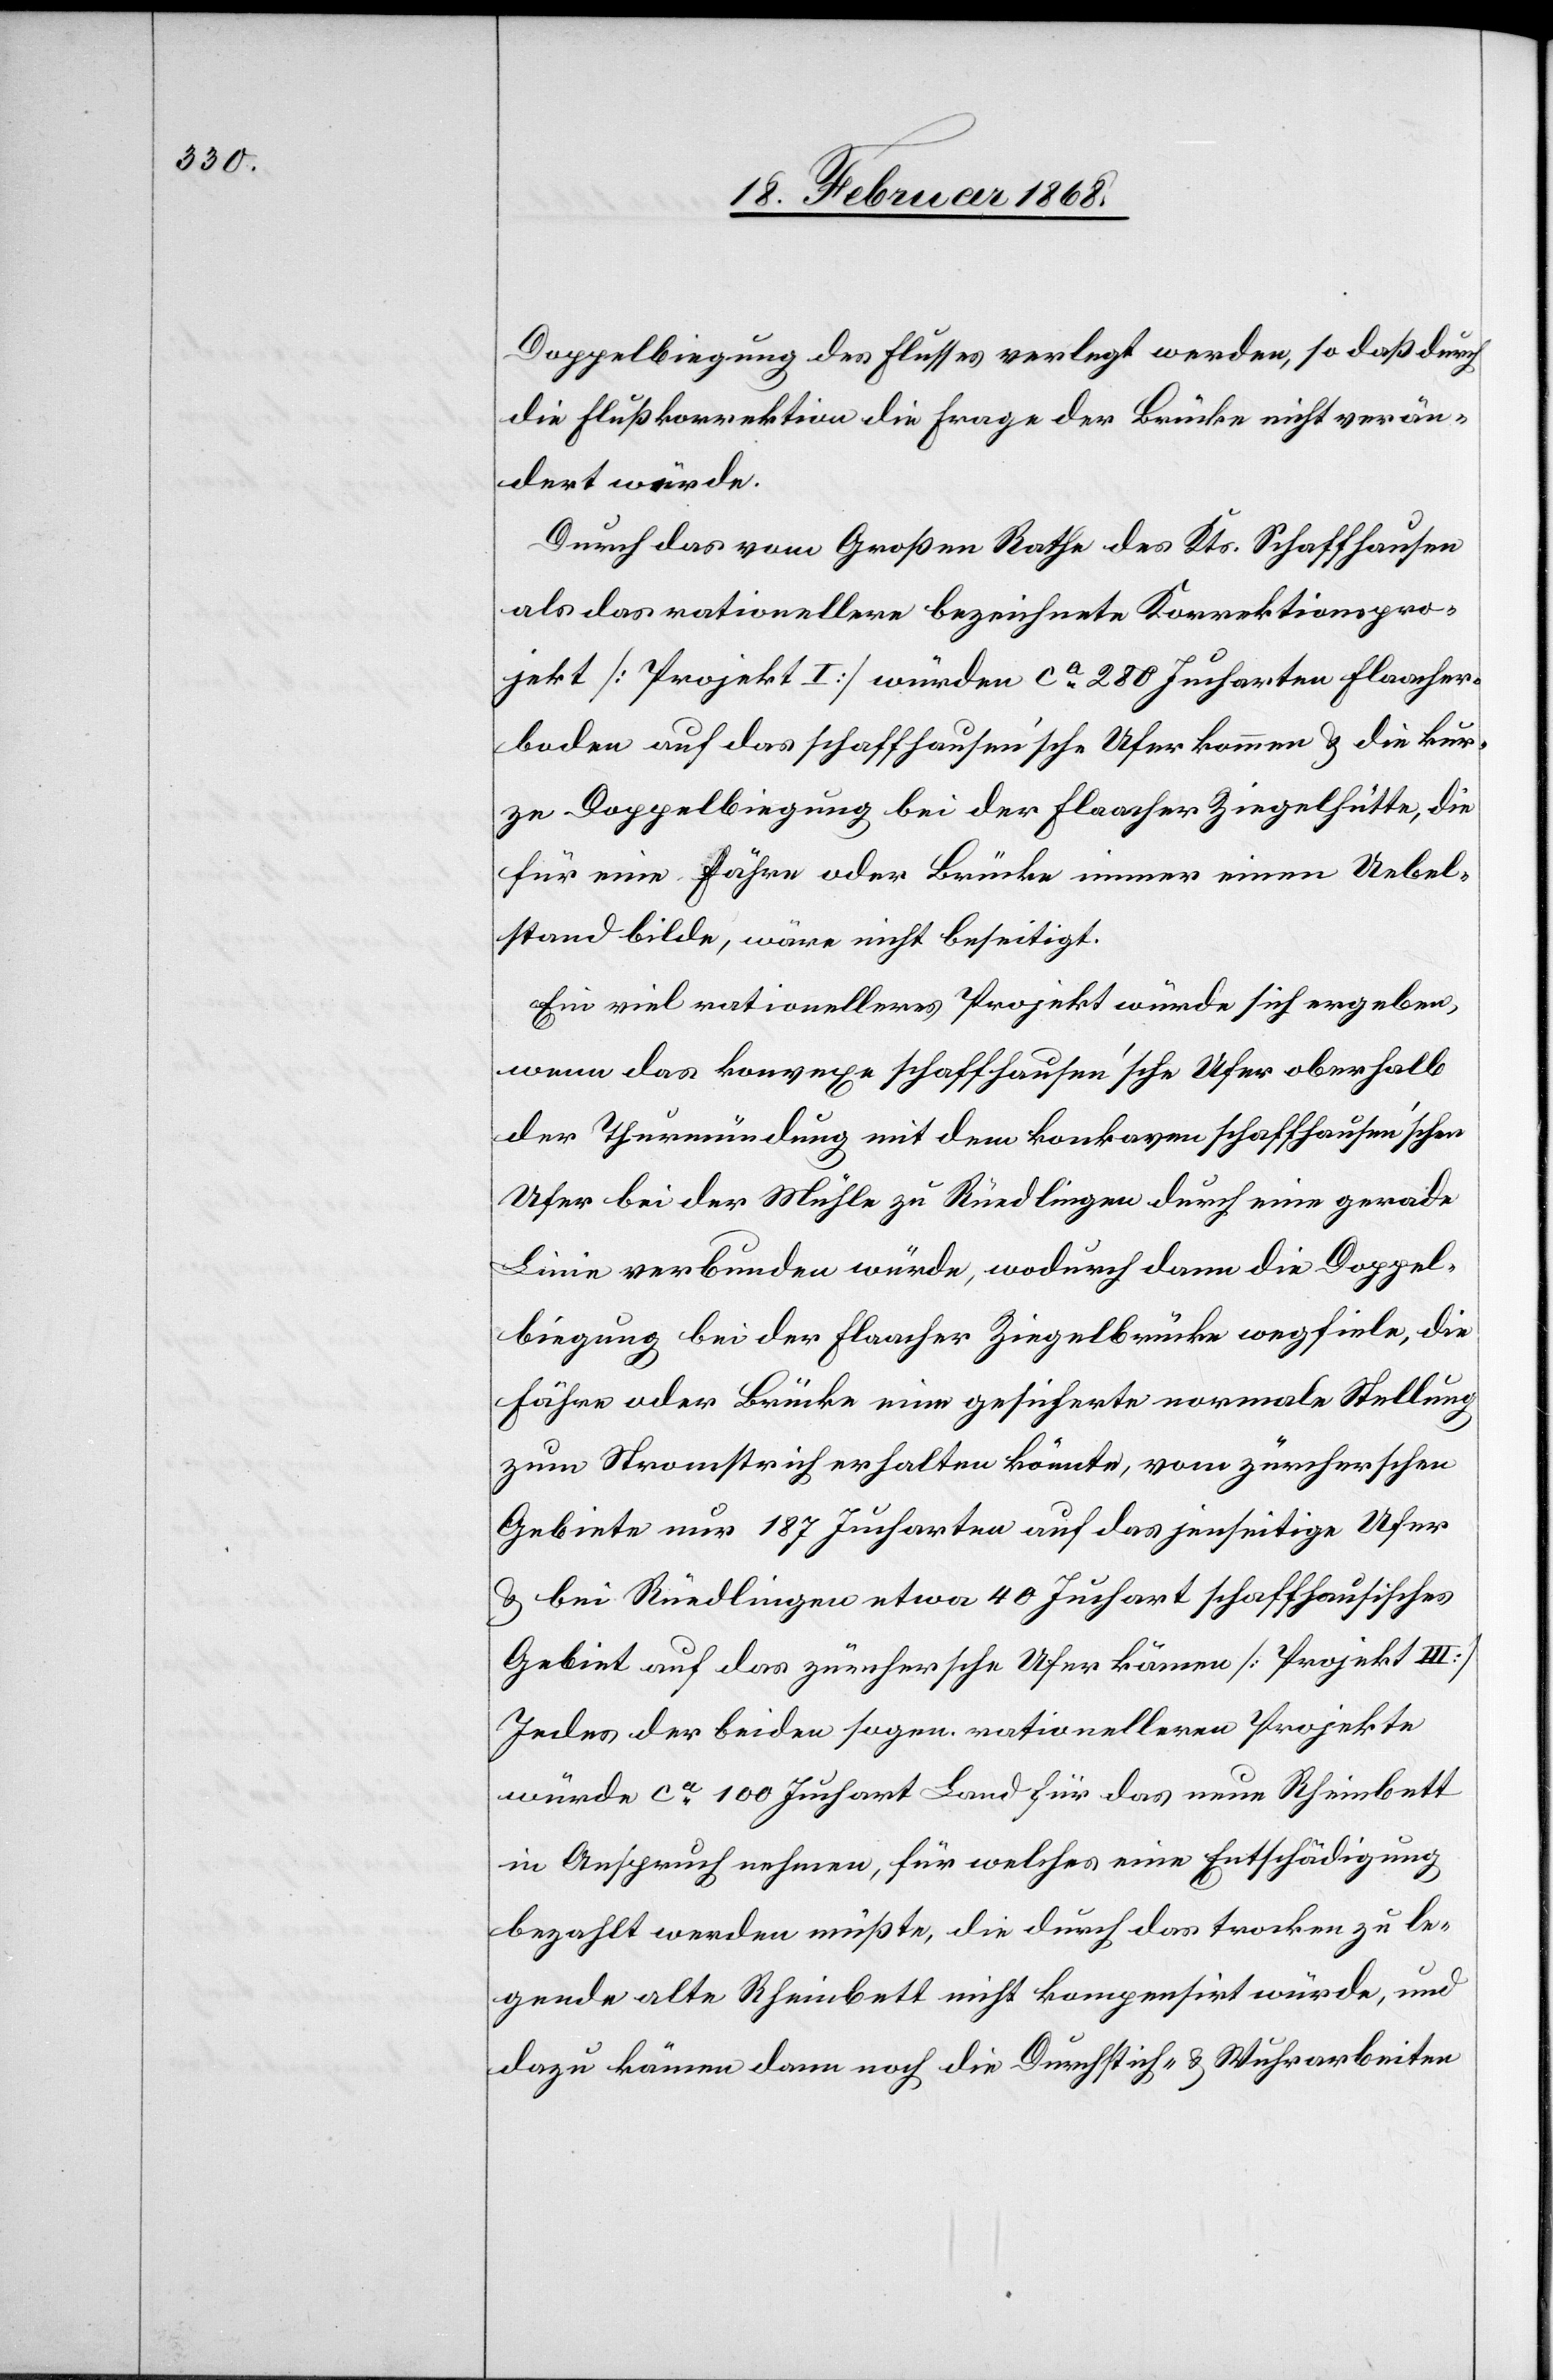
Doppelbiegung des Flusses verlegt werden, so daß durch
die Flußkorrektion die Frage der Brücke nicht verän¬
dert würde.
Durch das vom Großen Rathe des Kts. Schaffhausen
als das rationellere bezeichnete Korrektionspro¬
jekt [Projekt I] würden ca. 280 Jucharten Flaacher¬
boden auf das schaffhausen’sche Ufer kommen & die kur¬
ze Doppelbiegung bei der Flaacher Ziegelhütte, die
für eine Fähre oder Brücke immer einen Uebel¬
stand bilde, wäre nicht beseitigt.
Ein viel rationelleres Projekt würde sich ergeben,
wenn das konvexe schaffhausen’sche Ufer oberhalb
der Thurmündung mit dem konkaven schaffhausen’schen
Ufer bei der Mühle zu Rüedlingen durch eine gerade
Linie verbunden würde, wodurch dann die Doppel¬
biegung bei der Flaacher Ziegelbrücke wegfiele, die
Fähre oder Brücke eine gesicherte normale Stellung
zum Stromstrich erhalten könnte, vom zürcherschen
Gebiete nur 187 Jucharten auf das jenseitige Ufer
& bei Rüedlingen etwa 40 Juchart schaffhausisches
Gebiet auf das zürchersche Ufer kämen [Projekt III]
Jedes der beiden sogen. rationelleren Projekte
würde ca. 100 Juchart Land für das neue Rheinbett
in Anspruch nehmen, für welches eine Entschädigung
bezahlt werden müßte, die durch das trocken zu le¬
gende alte Rheinbett nicht kompensirt würde, und
dazu kämen dann noch die Durchstich- & Wuhrarbeiten